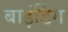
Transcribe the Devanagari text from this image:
बाइंर्डिग